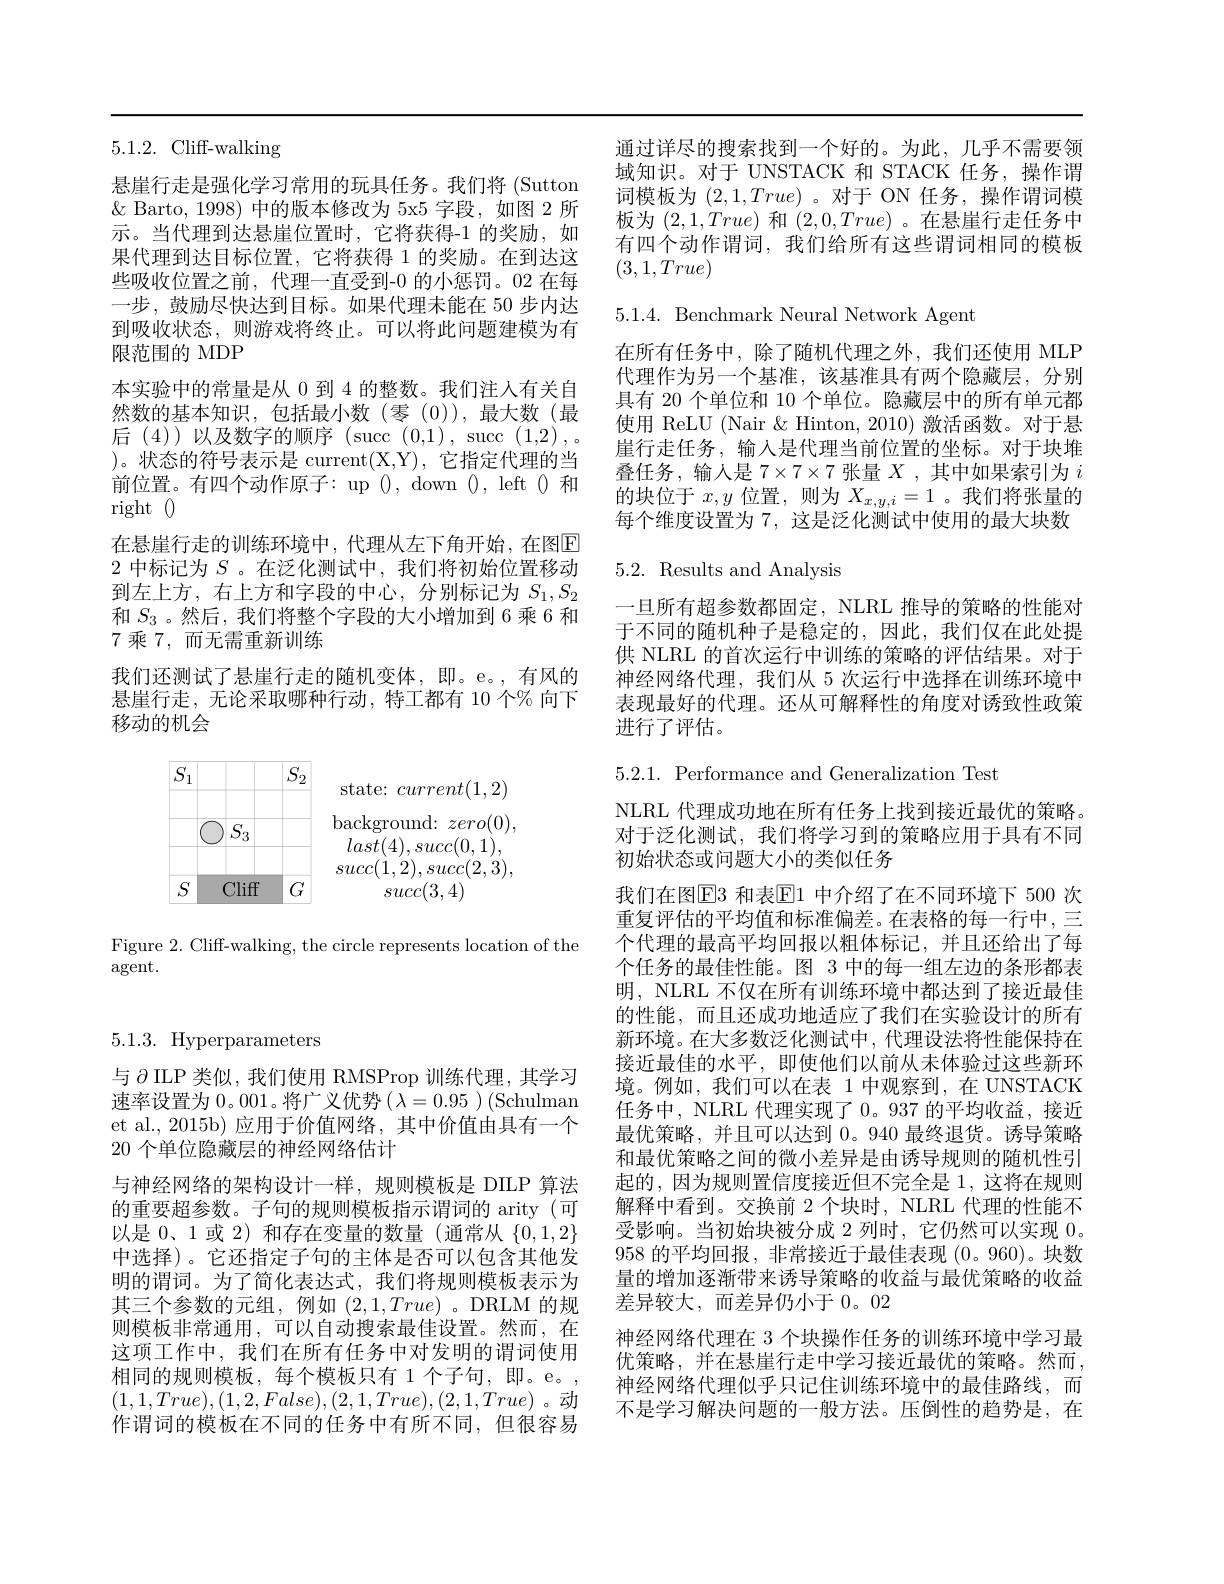
5.1.2. Cliff-walking

悬崖行走是强化学习常用的玩具任务。我们将 (Sutton $\&$ Barto, 1998) 中的版本修改为 5x5 字段，如图 2 所示。当代理到达悬崖位置时，它将获得-1 的奖励，如果代理到达目标位置，它将获得 1 的奖励。在到达这些吸收位置之前，代理一直受到-0 的小惩罚。02 在每一步，鼓励尽快达到目标。如果代理未能在 50 步内达到吸收状态，则游戏将终止。可以将此问题建模为有限范围的 MDP
本实验中的常量是从 0 到 4 的整数。我们注人有关自然数的基本知识，包括最小数(零(0)),最大数(最后(4))以及数字的顺序(succ(0,1),succ(1,2),. ) 。状 态 的 符 号 表 示 是 current( X, Y) , 它指定代理的当前位置。有四个动作原子：up ( ) , down ( 0, left 0 和 right O
在悬崖行走的训练环境中，代理从左下角开始，在图$\overline{\mathrm{E}}$ 2中标记为$S$ 。在泛化测试中，我们将初始位置移动到左上方，右上方和字段的中心，分别标记为$S_1,S_2$ 和$S_{3}$ 。然后，我们将整个字段的大小增加到 6 乘 6 和7 乘 7, 而无需重新训练
我们还测试了悬崖行走的随机变体，即。e。,有风的悬崖行走，无论采取哪种行动，特工都有 10 个% 向下移动的机会

<FigureHere>

Figure 2. Cliff-walking, the circle represents location of the
agent.

通过详尽的搜索找到一个好的。为此，几乎不需要领域知识。对于 UNSTACK 和 STACK 任务，操作谓词模板为$(2,1,True)$ 。对于 ON 任务，操作谓词模板为$(2,1,True)$和$(2,0,True)$ 。在悬崖行走任务中有四个动作谓词，我们给所有这些谓词相同的模板$(3,1,True)$

5.1.4. Benchmark Neural Network Agent

在所有任务中，除了随机代理之外，我们还使用 MLP 代理作为另一个基准，该基准具有两个隐藏层，分别具有 20 个单位和 10 个单位。隐藏层中的所有单元都使用 ReLU (Nair & Hinton, 2010) 激活函数。对于悬崖行走任务，输入是代理当前位置的坐标。对于块堆叠任务，输入是$7\times7\times7$张量$X$,其中如果索引为$i$ 的块位于$x,y$位置，则为$X_x,y,i=1$。我们将张量的每个维度设置为 7, 这是泛化测试中使用的最大块数

# 5.2. Results and Analysis

一旦所有超参数都固定，NLRL 推导的策略的性能对于不同的随机种子是稳定的，因此，我们仅在此处提供 NLRL 的首次运行中训练的策略的评估结果。对于神经网络代理，我们从 5 次运行中选择在训练环境中表现最好的代理。还从可解释性的角度对诱致性政策进行了评估。

5.1.3. Hyperparameters

与$\partial$ ILP 类似，我们使用 RMSProp 训练代理，其学习速率设置为0。001。将广义优势$(\lambda=0.95)$ (Schulman et al.,2015b) 应用于价值网络，其中价值由具有一个20 个单位隐藏层的神经网络估计
与神经网络的架构设计一样，规则模板是 DILP 算法的重要超参数。子句的规则模板指示谓词的 arity(可以是 0、1 或 2) 和存在变量的数量(通常从$\{0,1,2\}$ 中选择)。它还指定子句的主体是否可以包含其他发明的谓词。为了简化表达式，我们将规则模板表示为其三个参数的元组，例如(2,1,True)。DRLM 的规则模板非常通用，可以自动搜索最佳设置。然而，在这项工作中，我们在所有任务中对发明的谓词使用相同的规则模板，每个模板只有 1 个子句，即。e。, $(1,1,True),(1,2,False),(2,1,True),(2,1,True)$。动作谓词的模板在不同的任务中有所不同，但很容易

5.2.1. Performance and Generalization Test
NLRL 代理成功地在所有任务上找到接近最优的策略。对于泛化测试，我们将学习到的策略应用于具有不同初始状态或问题大小的类似任务
我们在图$\boxed{\mathrm{E}}3$ 和表$\boxed{\mathrm{E}}1$ 中介绍了在不同环境下 500 次重复评估的平均值和标准偏差。在表格的每一行中，三个代理的最高平均回报以粗体标记，并且还给出了每个任务的最佳性能。图 3 中的每一组左边的条形都表明，NLRL 不仅在所有训练环境中都达到了接近最佳的性能，而且还成功地适应了我们在实验设计的所有新环境。在大多数泛化测试中，代理设法将性能保持在接近最佳的水平，即使他们以前从未体验过这些新环境。例如，我们可以在表 1 中观察到，在 UNSTACK 任务中，NLRL 代理实现了0。937 的平均收益，接近最优策略，并且可以达到0。940 最终退货。诱导策略和最优策略之间的微小差异是由诱导规则的随机性引起的，因为规则置信度接近但不完全是 1,这将在规则解释中看到。交换前 2 个块时，NLRL 代理的性能不受影响。当初始块被分成 2 列时，它仍然可以实现0。958的平均回报 ,非常接近于最佳表现(0。960)。块数量的增加逐渐带来诱导策略的收益与最优策略的收益差异较大，而差异仍小于0。02
神经网络代理在 3 个块操作任务的训练环境中学习最优策略，并在悬崖行走中学习接近最优的策略。然而， 神经网络代理似乎只记住训练环境中的最佳路线，而不是学习解决问题的一般方法。压倒性的趋势是，在